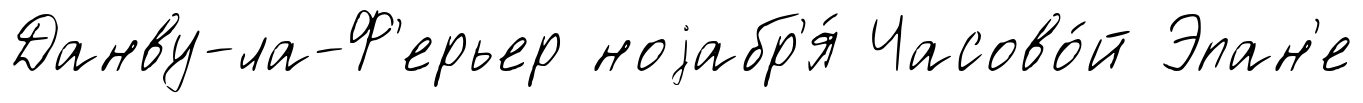
Данву-ла-Ф'ерьер ноjабр'я́ Часово́й Эпан'е